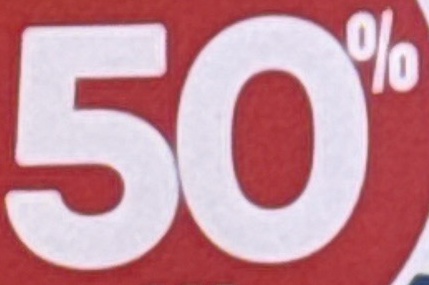
50%